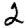
Digit: 2